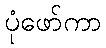
ပုံဖော်ကာ